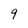
Character: 9